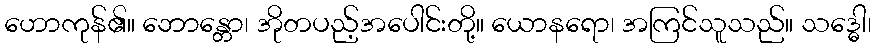
ဟောကုန်၏။ ဘောန္တော၊ အိုတပည့်အပေါင်းတို့။ ယောနရော၊ အကြင်သူသည်။ သဒ္ဓေါ၊